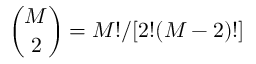
\binom { M } { 2 } = M ! / [ 2 ! ( M - 2 ) ! ]